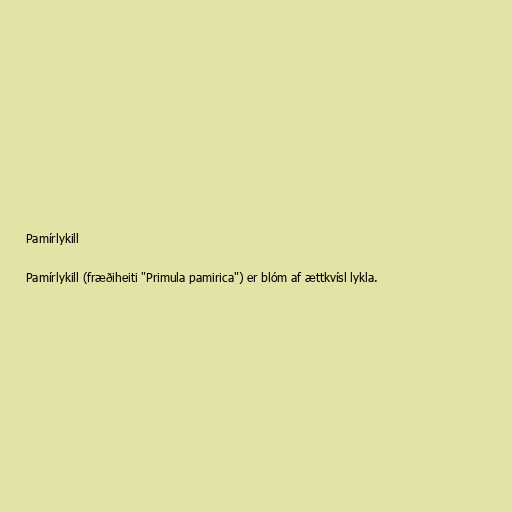
Pamírlykill

Pamírlykill (fræðiheiti "Primula pamirica") er blóm af ættkvísl lykla.